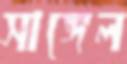
সাঙ্গেল